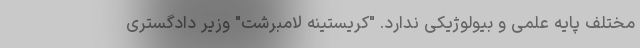
مختلف پایه علمی و بیولوژیکی ندارد. "کریستینه لامبرشت" وزیر دادگستری